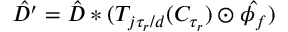
\hat { D ^ { \prime } } = \hat { D } * ( T _ { j \tau _ { r } / d } ( C _ { \tau _ { r } } ) \odot \hat { \phi _ { f } } )